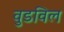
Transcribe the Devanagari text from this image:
वुडविल